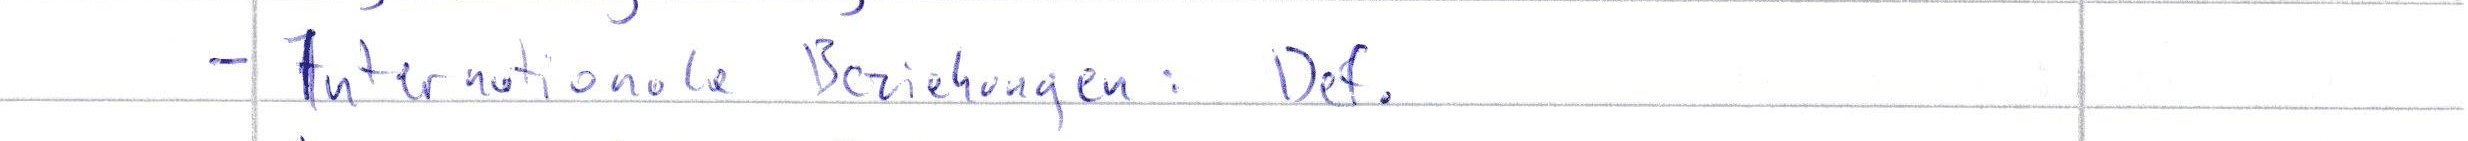
- Internationale Beziehungen: Def.